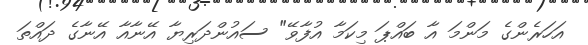
އަހަރެންގެ މަންމަ އާ ބައްޕަ މިކަމާ އުފާވޭ" ސައުންދަރިޔާ އޭނާއާ އޭނާގެ ދައްތަ